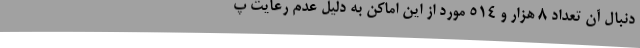
دنبال آن تعداد 8 هزار و 514 مورد از این اماکن به دلیل عدم رعایت پ